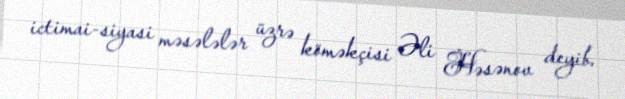
ictimai-siyasi məsələlər üzrə köməkçisi Əli Həsənov deyib.